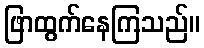
ဖြာထွက်နေကြသည်။